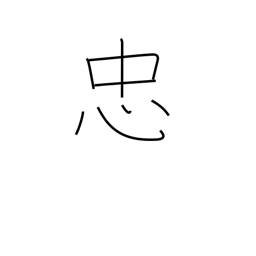
Meaning: faithfulness